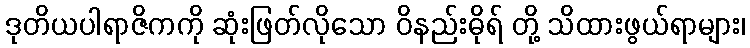
ဒုတိယပါရာဇိကကို ဆုံးဖြတ်လိုသော ဝိနည်းဓိုရ် တို့ သိထားဖွယ်ရာများ၊